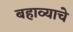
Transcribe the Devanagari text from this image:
बहाव्याचे